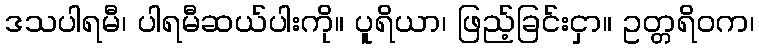
ဒသပါရမီ၊ ပါရမီဆယ်ပါးကို။ ပူရိယာ၊ ဖြည့်ခြင်းငှာ။ ဥတ္တရိဝက၊